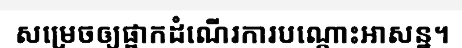
សម្រេចឲ្យផ្អាកដំណើរការបណ្តោះអាសន្ន។